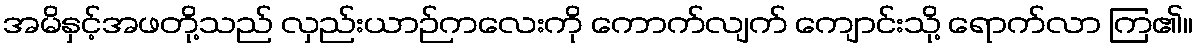
အမိနှင့်အဖတို့သည် လှည်းယာဉ်ကလေးကို ကောက်လျက် ကျောင်းသို့ ရောက်လာ ကြ၏။